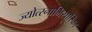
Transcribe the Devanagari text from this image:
ज्योत्स्नाभिसारिका